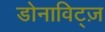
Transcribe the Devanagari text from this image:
डोनाविट्ज़